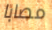
مصابا